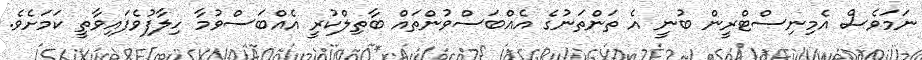
ނަމަވެސް އެމިނިސްޓްރީން ބުނީ އެ ތަންތަނުގެ އެއްބަސްވުންތައް ބާތިލްކުރީ އެއްބަސްވުމާ ހިލާފުވެފައިވާތީ ކަަމަށެވެ.